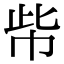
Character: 㠿